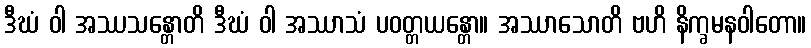
ဒီဃံ ဝါ အဿသန္တောတိ ဒီဃံ ဝါ အဿာသံ ပဝတ္တယန္တော။ အဿာသောတိ ဗဟိ နိက္ခမနဝါတော။